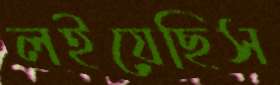
লইয়েছিস